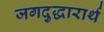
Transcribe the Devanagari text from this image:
जगदुद्धारार्थ